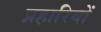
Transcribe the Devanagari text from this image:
प्रहारियों